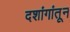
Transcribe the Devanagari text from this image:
दशांगांतून